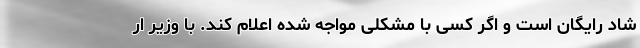
شاد رایگان است و اگر کسی با مشکلی مواجه شده اعلام کند. با وزیر ار